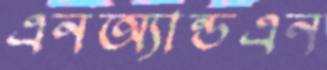
এনঅ্যান্ডএন